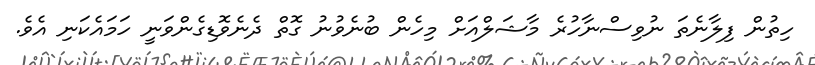
ހިތުން ފިލާނެތަ ނުވިސްނާހުރެ މާޝަލްއަށް މިހެން ބުނެވުނު ގޮތް ދެނެވޮޑިގެންވަނީ ހަމައެކަނި އެވެ.